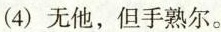
(4)无他，但手熟尔。